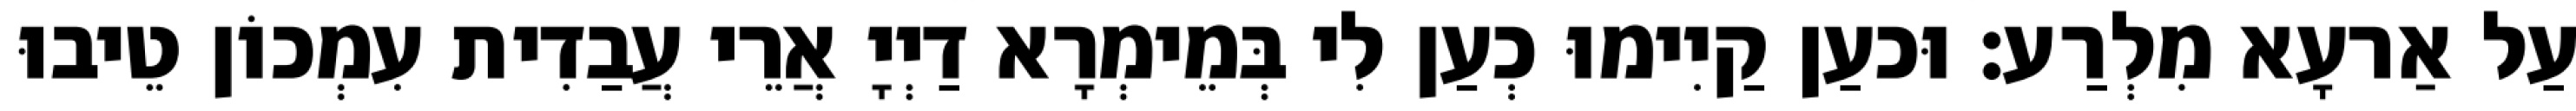
עַל אַרעָא מִלְרַע׃ וּכעַן קַיִימוּ כְעַן לִי בְּמֵימְרָא דַיְיָ אֲרֵי עֲבַדִית עִמְכוֹן טֵיבוּ